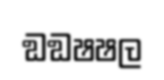
ඞඞෂෂල